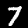
Label: 7